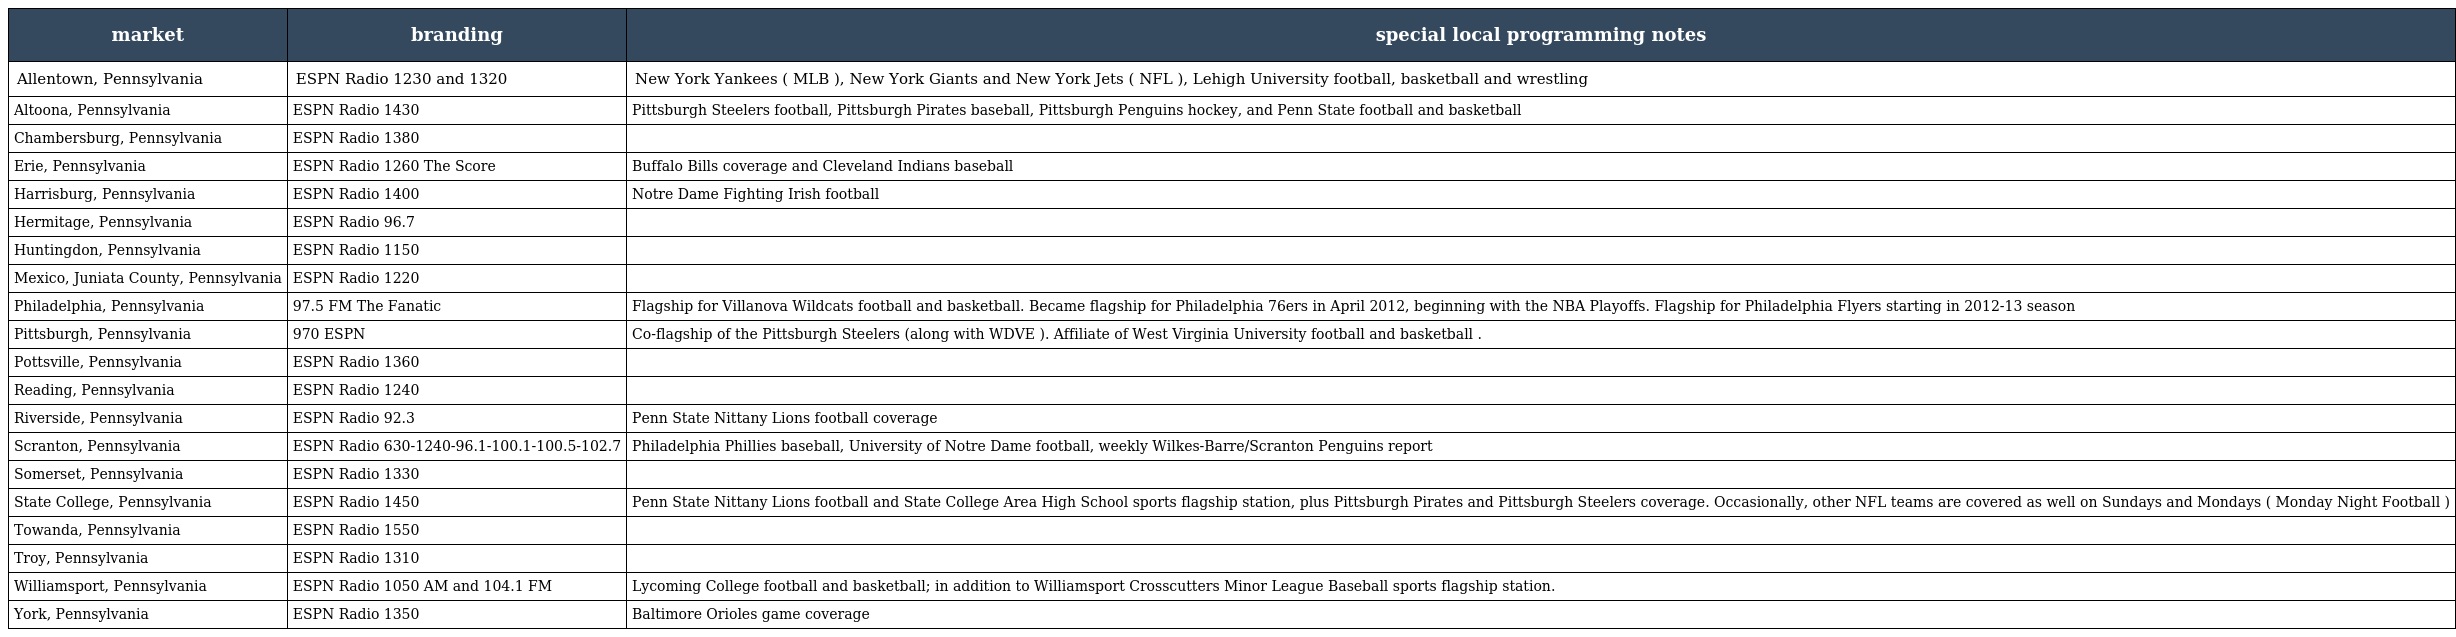
| market | branding | special local programming notes |
 | --- | --- | --- |
 | Allentown, Pennsylvania | ESPN Radio 1230 and 1320 | New York Yankees ( MLB ), New York Giants and New York Jets ( NFL ), Lehigh University football, basketball and wrestling |
 | Altoona, Pennsylvania | ESPN Radio 1430 | Pittsburgh Steelers football, Pittsburgh Pirates baseball, Pittsburgh Penguins hockey, and Penn State football and basketball |
 | Chambersburg, Pennsylvania | ESPN Radio 1380 |  |
 | Erie, Pennsylvania | ESPN Radio 1260 The Score | Buffalo Bills coverage and Cleveland Indians baseball |
 | Harrisburg, Pennsylvania | ESPN Radio 1400 | Notre Dame Fighting Irish football |
 | Hermitage, Pennsylvania | ESPN Radio 96.7 |  |
 | Huntingdon, Pennsylvania | ESPN Radio 1150 |  |
 | Mexico, Juniata County, Pennsylvania | ESPN Radio 1220 |  |
 | Philadelphia, Pennsylvania | 97.5 FM The Fanatic | Flagship for Villanova Wildcats football and basketball. Became flagship for Philadelphia 76ers in April 2012, beginning with the NBA Playoffs. Flagship for Philadelphia Flyers starting in 2012-13 season |
 | Pittsburgh, Pennsylvania | 970 ESPN | Co-flagship of the Pittsburgh Steelers (along with WDVE ). Affiliate of West Virginia University football and basketball . |
 | Pottsville, Pennsylvania | ESPN Radio 1360 |  |
 | Reading, Pennsylvania | ESPN Radio 1240 |  |
 | Riverside, Pennsylvania | ESPN Radio 92.3 | Penn State Nittany Lions football coverage |
 | Scranton, Pennsylvania | ESPN Radio 630-1240-96.1-100.1-100.5-102.7 | Philadelphia Phillies baseball, University of Notre Dame football, weekly Wilkes-Barre/Scranton Penguins report |
 | Somerset, Pennsylvania | ESPN Radio 1330 |  |
 | State College, Pennsylvania | ESPN Radio 1450 | Penn State Nittany Lions football and State College Area High School sports flagship station, plus Pittsburgh Pirates and Pittsburgh Steelers coverage. Occasionally, other NFL teams are covered as well on Sundays and Mondays ( Monday Night Football ) |
 | Towanda, Pennsylvania | ESPN Radio 1550 |  |
 | Troy, Pennsylvania | ESPN Radio 1310 |  |
 | Williamsport, Pennsylvania | ESPN Radio 1050 AM and 104.1 FM | Lycoming College football and basketball; in addition to Williamsport Crosscutters Minor League Baseball sports flagship station. |
 | York, Pennsylvania | ESPN Radio 1350 | Baltimore Orioles game coverage |